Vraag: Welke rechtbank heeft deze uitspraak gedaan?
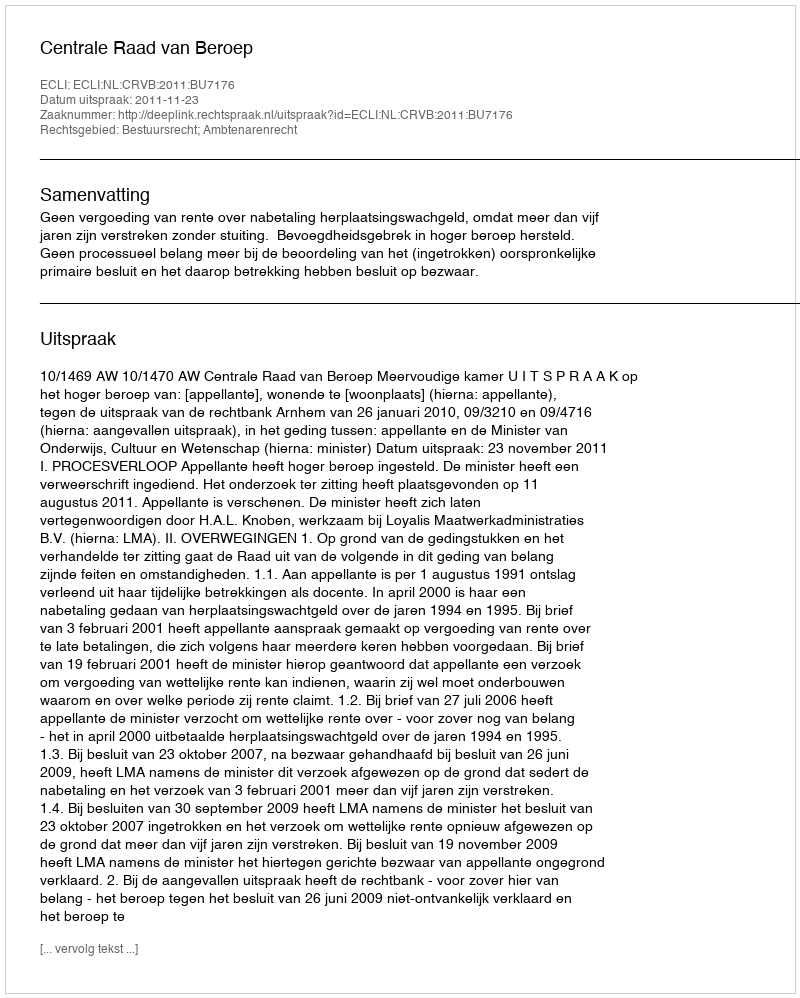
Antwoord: Centrale Raad van Beroep